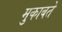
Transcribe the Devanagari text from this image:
मुकाबते